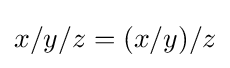
x/y/z=(x/y)/z